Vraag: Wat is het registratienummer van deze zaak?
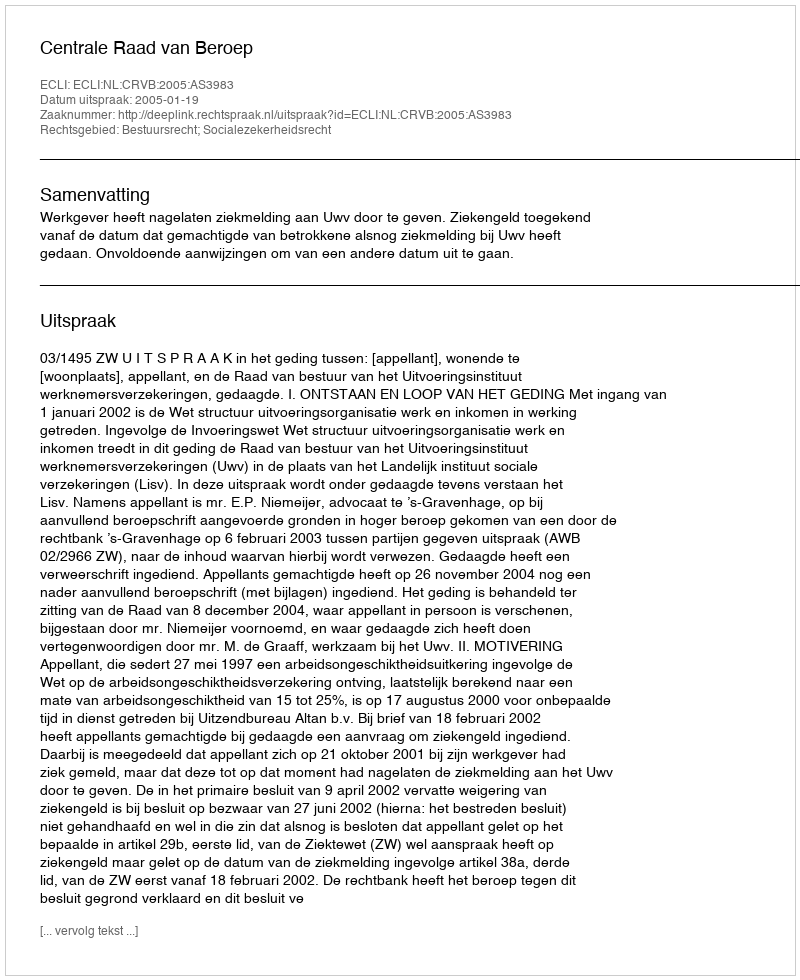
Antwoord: http://deeplink.rechtspraak.nl/uitspraak?id=ECLI:NL:CRVB:2005:AS3983